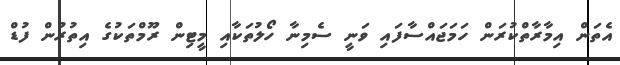
އެތަން އިމާރާތްކުރަން ހަމަޖައްސާފައި ވަނީ ސެމިނާ ހޯލުތަކާއި މީޓިން ރޫމްތަކުގެ އިތުރުން ފުޑް